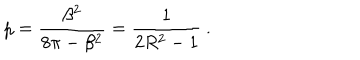
LaTeX: \displaystyle p = \frac { \beta ^ { 2 } } { 8 \pi - \beta ^ { 2 } } = \frac { 1 } { 2 R ^ { 2 } - 1 } \: .